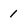
Character: 1